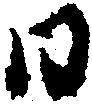
日